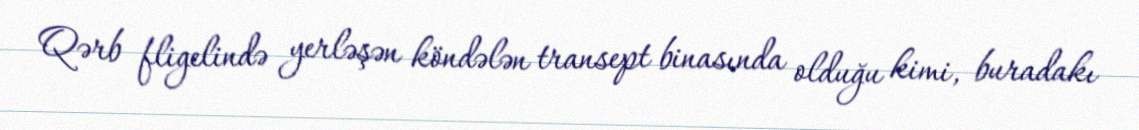
Qərb fligelində yerləşən köndələn transept binasında olduğu kimi, buradakı